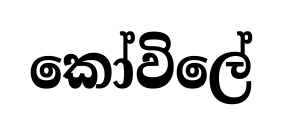
කෝවිලේ